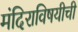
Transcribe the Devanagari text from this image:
मंदिराविषयीची